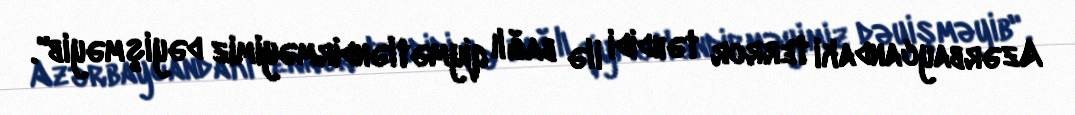
Azərbaycandaki terror təhdidi ilə bağlı qiymətləndirməyimiz dəyişməyib".